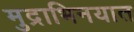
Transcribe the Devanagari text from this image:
मुद्राभिनयात